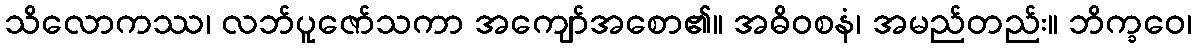
သိလောကဿ၊ လဘ်ပူဇော်သကာ အကျော်အစော၏။ အဓိဝစနံ၊ အမည်တည်း။ ဘိက္ခဝေ၊